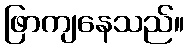
ဖြာကျနေသည်။